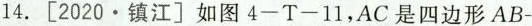
14.[2020•镇江]如图4-T-11，AC是四边形AB-